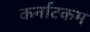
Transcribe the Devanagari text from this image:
कर्नाटकम